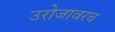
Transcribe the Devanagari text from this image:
उरोजावरच